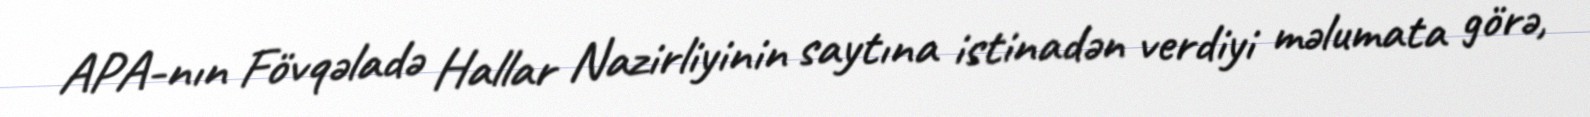
APA-nın Fövqəladə Hallar Nazirliyinin saytına istinadən verdiyi məlumata görə,